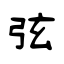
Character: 弦